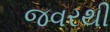
જવરથી